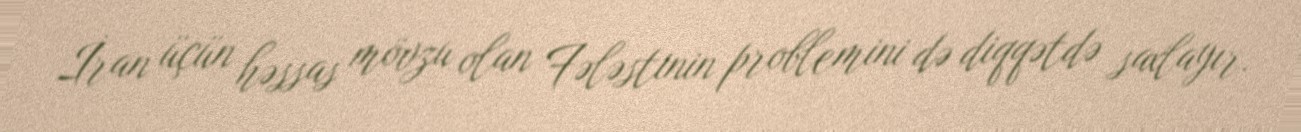
İran üçün həssas mövzu olan Fələstinin problemini də diqqətdə saxlayır.